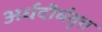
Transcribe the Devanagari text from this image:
अर्धदीर्घवृत्त